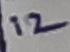
Text: 12